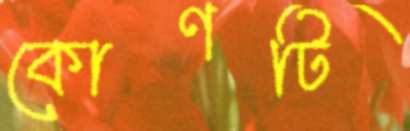
কোণটি